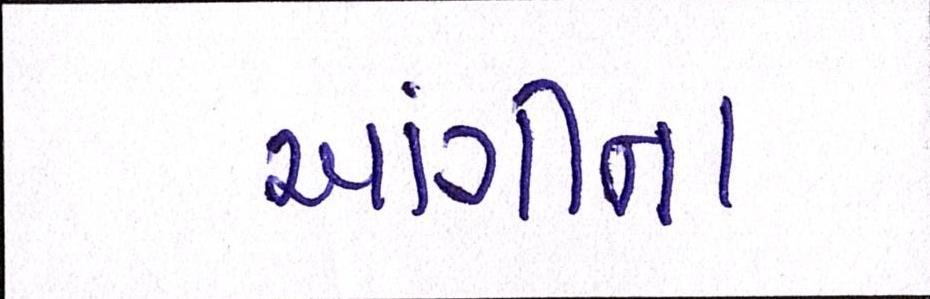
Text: આંગીના